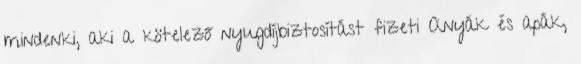
mindenki, aki a kötelező nyugdíjbiztosítást fizeti Anyák és apák,